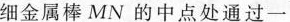
细金属棒MN的中点处通过一